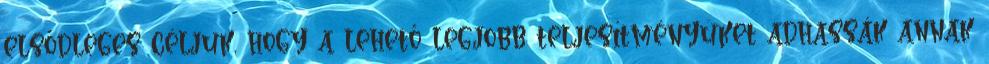
elsődleges céljuk, hogy a lehető legjobb teljesítményüket adhassák annak